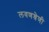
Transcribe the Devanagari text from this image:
लवणश्रेणी